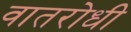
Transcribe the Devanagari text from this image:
वातरोधी